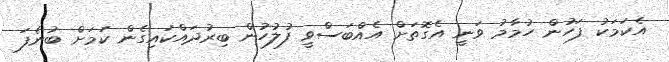
އެކަމަކު ފަހުން ހުމާމު ވަނީ އެގޮތަށް އެއްބަސްވީ ފުލުހުން ބިރުދައްކައިގެން ކަމަށް ބުނެފަ